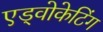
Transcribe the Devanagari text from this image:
एड्वोकेटिंग